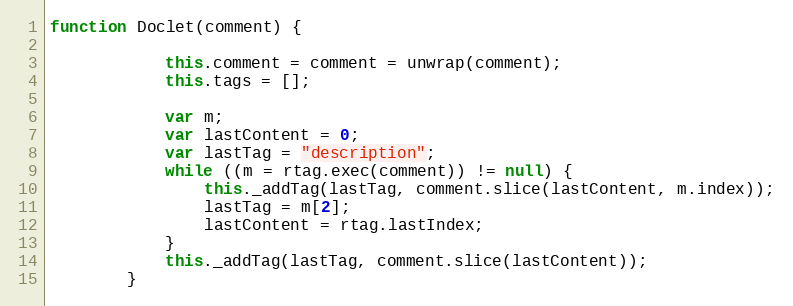
Language: JavaScript
function Doclet(comment) {

			this.comment = comment = unwrap(comment);
			this.tags = [];

			var m;
			var lastContent = 0;
			var lastTag = "description";
			while ((m = rtag.exec(comment)) != null) {
				this._addTag(lastTag, comment.slice(lastContent, m.index));
				lastTag = m[2];
				lastContent = rtag.lastIndex;
			}
			this._addTag(lastTag, comment.slice(lastContent));
		}